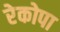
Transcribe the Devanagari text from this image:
रेकोपा